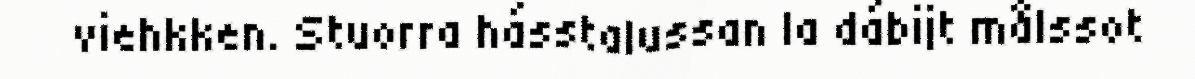
viehkken. Stuorra hásstalussan la dábijt målssot